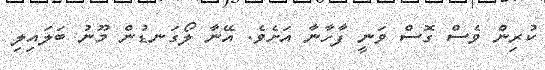
ކުރިން ވެސް ގޮސް ވަނީ ފާހާނާ އަށެވެ. އޭނާ ލޯގަނޑުން މޫނު ބަލައިލި